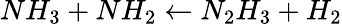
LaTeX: NH_{3}+NH_{2}\leftarrow N_{2}H_{3}+H_{2}